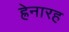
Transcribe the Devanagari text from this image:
ह्रेनारह